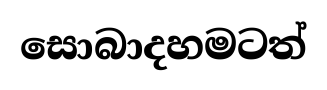
සොබාදහමටත්